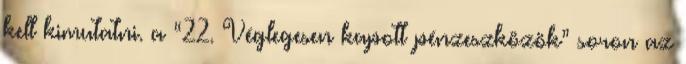
kell kimutatni. a “22. Véglegesen kapott pénzeszközök” soron az